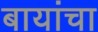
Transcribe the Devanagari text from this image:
बायांचा